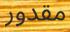
مقدور